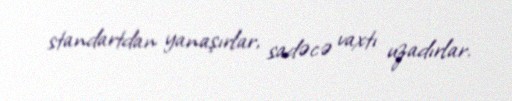
standartdan yanaşırlar, sadəcə vaxtı uzadırlar.